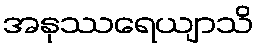
အနုဿရေယျာသိ